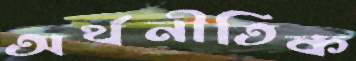
অর্থনীতিক